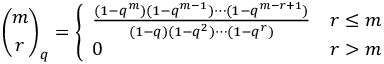
{ \binom { m } { r } } _ { q } = { \left\{ \begin{array} { l l } { { \frac { ( 1 - q ^ { m } ) ( 1 - q ^ { m - 1 } ) \cdots ( 1 - q ^ { m - r + 1 } ) } { ( 1 - q ) ( 1 - q ^ { 2 } ) \cdots ( 1 - q ^ { r } ) } } } & { r \leq m } \\ { 0 } & { r > m } \end{array} \right. }